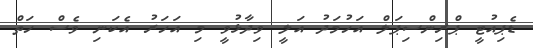
ޑެޕިއުޓީ ޕްރިންސިޕަލް އަހުމަދު އަލީ ވިދާޅުވީ މި އަހަރު އެކަނި ވެސް ހަތް